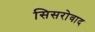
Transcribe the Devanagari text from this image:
सिसरोवाद